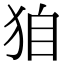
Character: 𤝼